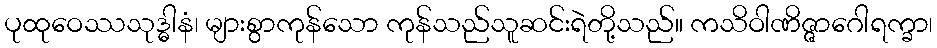
ပုထုဝေဿသုဒ္ဓါနံ၊ များစွာကုန်သော ကုန်သည်သူဆင်းရဲတို့သည်။ ကသိဝါဏိဇ္ဇာဂေါရက္ခာ၊